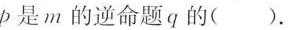
p是m的逆命题q的( )。